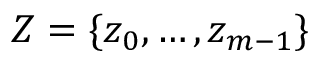
Z = \{ z _ { 0 } , \ldots , z _ { m - 1 } \}